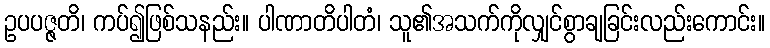
ဥပပဇ္ဇတိ၊ ကပ်၍ဖြစ်သနည်း။ ပါဏာတိပါတံ၊ သူ၏အသက်ကိုလျှင်စွာချခြင်းလည်းကောင်း။